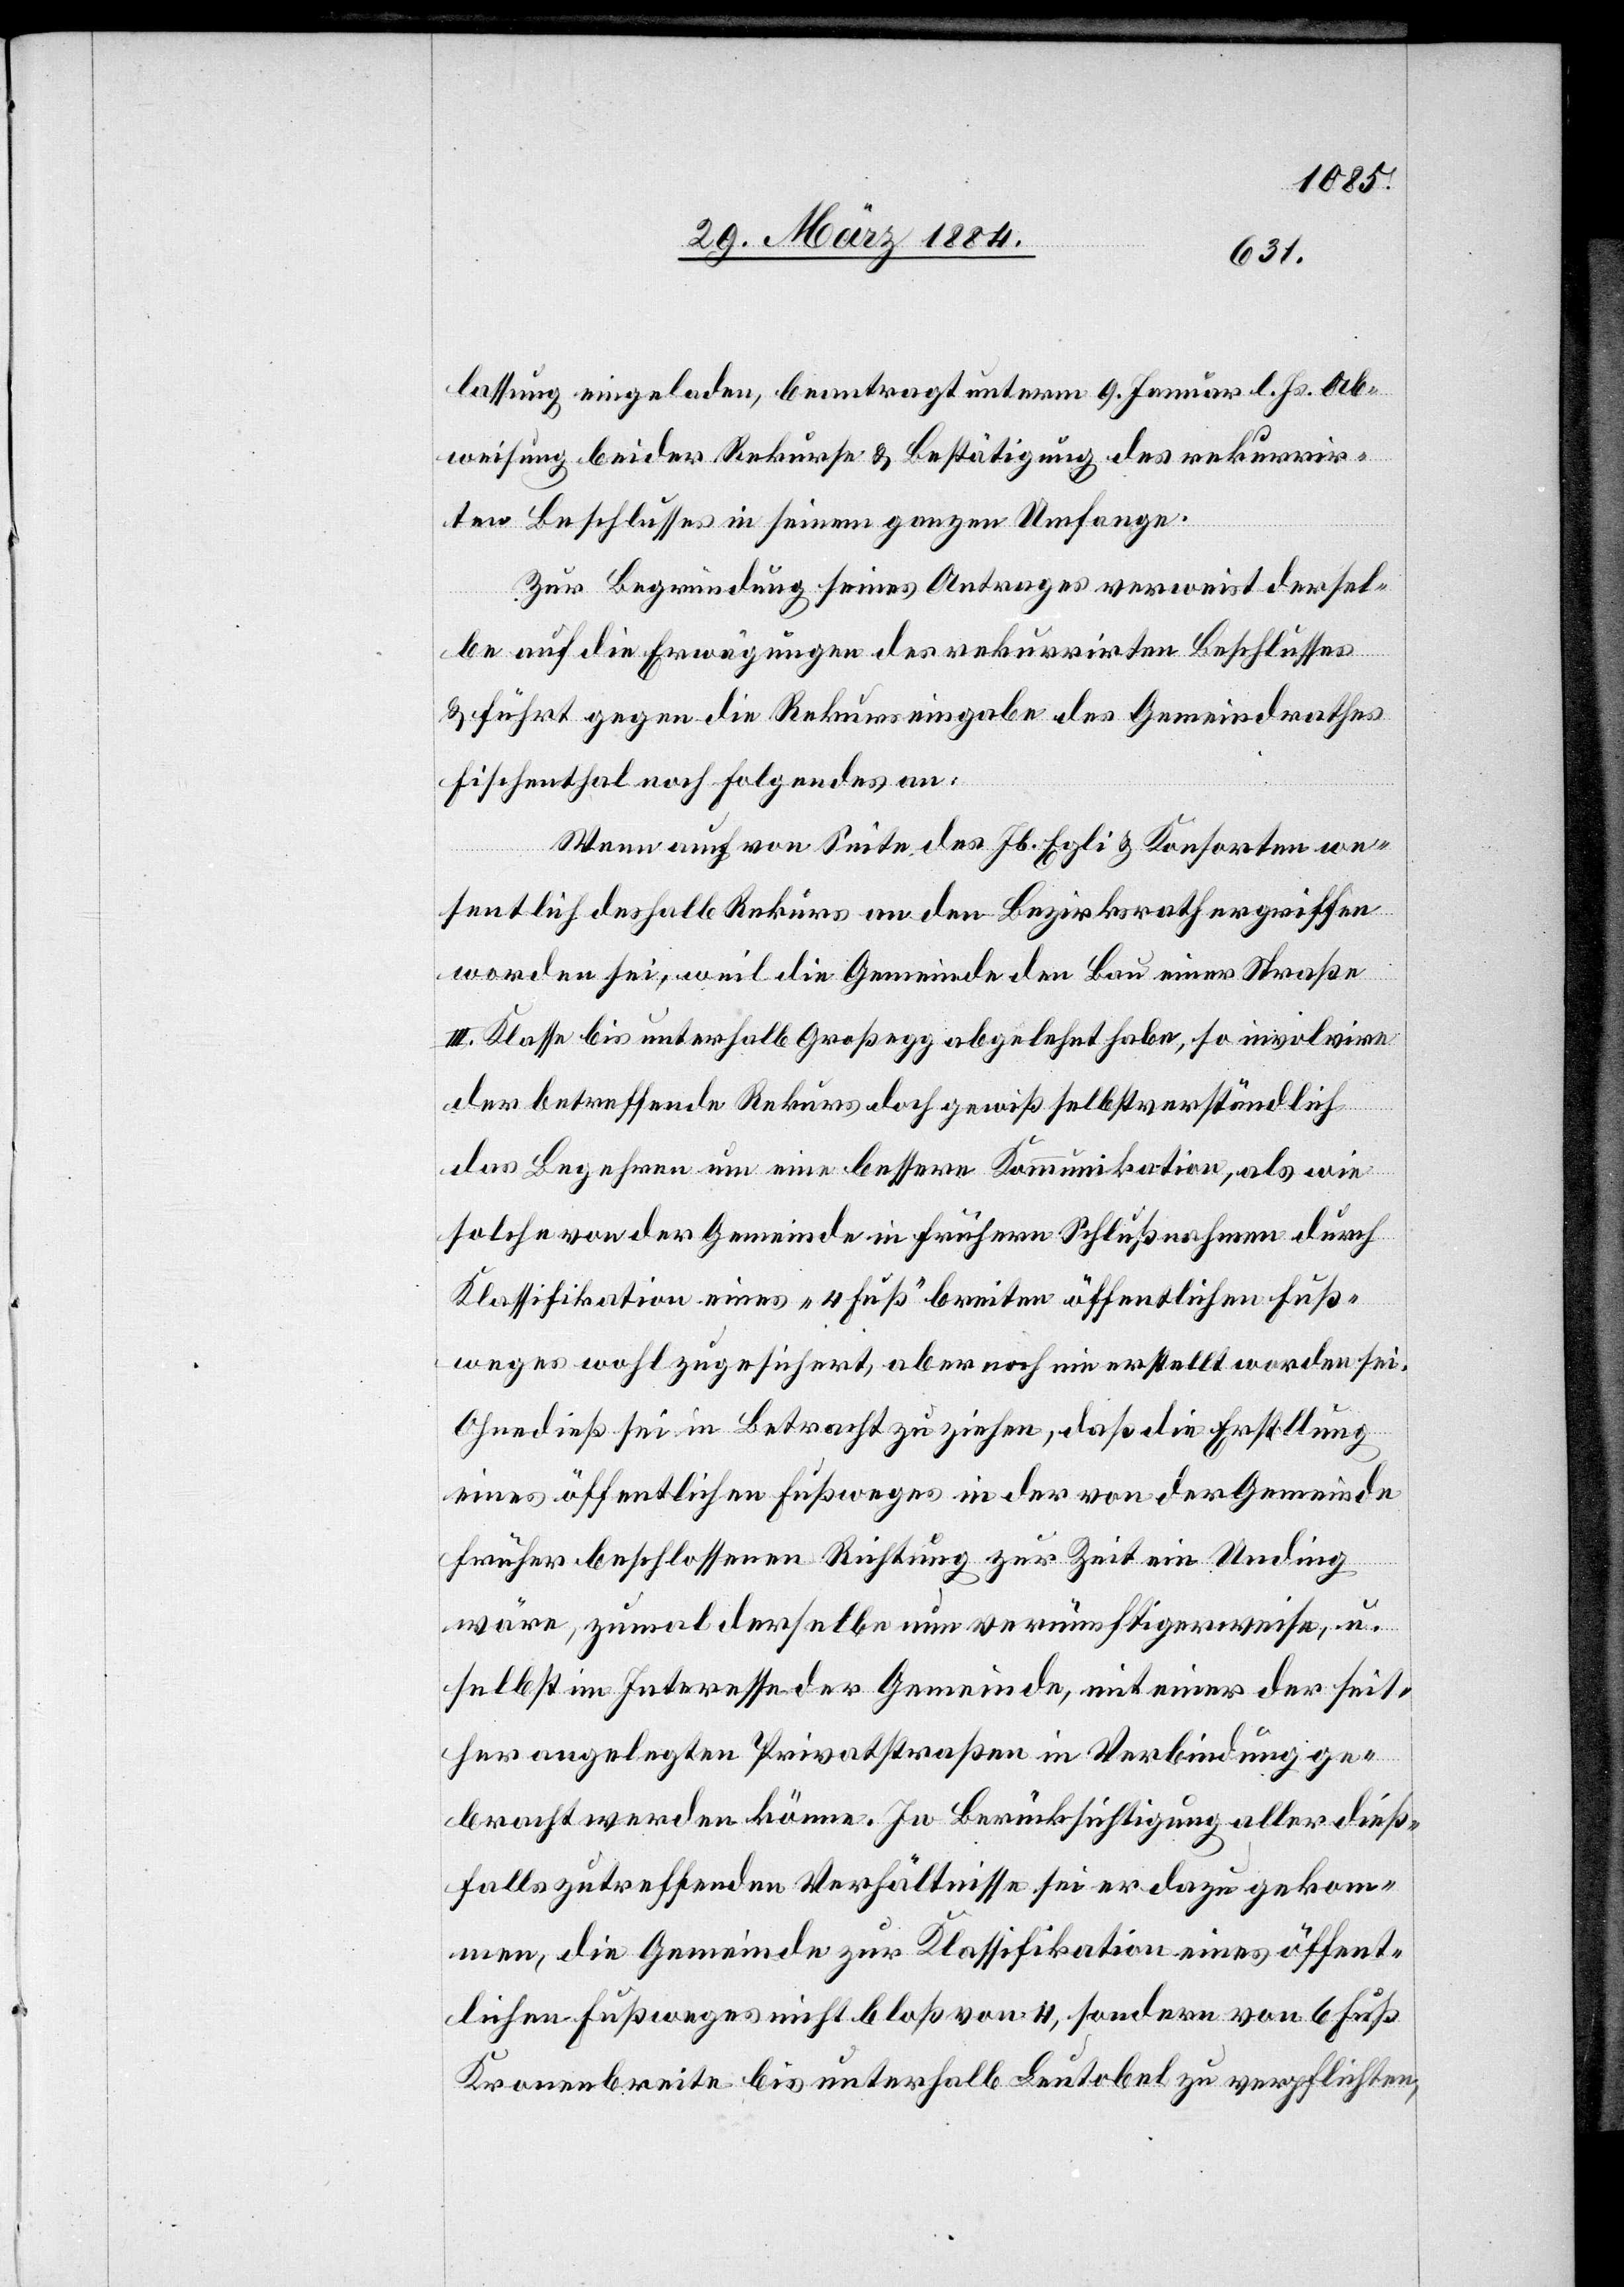
lassung eingeladen, beantragt unterm 9. Januar l. Js. Ab¬
weisung beider Rekurse & Bestätigung des rekurrir¬
ten Beschlusses in seinem ganzen Umfange.
Zur Begründung seines Antrages verweist dersel¬
be auf die Erwägungen des rekurrirten Beschlusses
& führt gegen die Rekurseingabe des Gemeindrathes
Fischenthal Folgendes an:
Wenn auch von Seite des Jb. Egli & Konsorten we¬
sentlich deshalb Rekurs an den Bezirksrath ergriffen
worden sei, weil die Gemeinde den Bau einer Straße
III. Klasse bis unterhalb Großegg abgelehnt habe, so involvire
der betreffende Rekurs doch gewiß selbstverständlich
das Begehren um eine bessere Kommunikation als wie
solche von der Gemeinde in frühern Schlußnahmen durch
Klassifikation eines „4 Fuß“ breiten öffentlichen Fuß¬
weges wohl zugesichert, aber noch nie erstellt worden sei.
Ohne dieß sei in Betracht zu ziehen, daß die Erstellung
eines öffentlichen Fußweges in der von der Gemeinde
früher beschlossenen Richtung zur Zeit ein Unding
wäre, zumal derselbe nun vernünftigerweise, u.
selbst im Interesse der Gemeinde, mit einer der seit¬
her angelegten Privatstraßen in Verbindung ge¬
bracht werden könne. In Berücksichtigung aller dieß¬
falls zutreffenden Verhältnisse sei er dazu gekom¬
men, die Gemeinde zur Klassifikation eines öffent¬
lichen Fußweges nicht bloß von 4, sondern von 6 Fuß
Kronenbreite bis unterhalb Leutobel zu verpflichten,